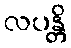
လပန္တိ